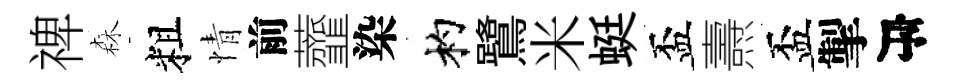
禆森粗情前虀染杓鷺米蜓盃燾盃掣序